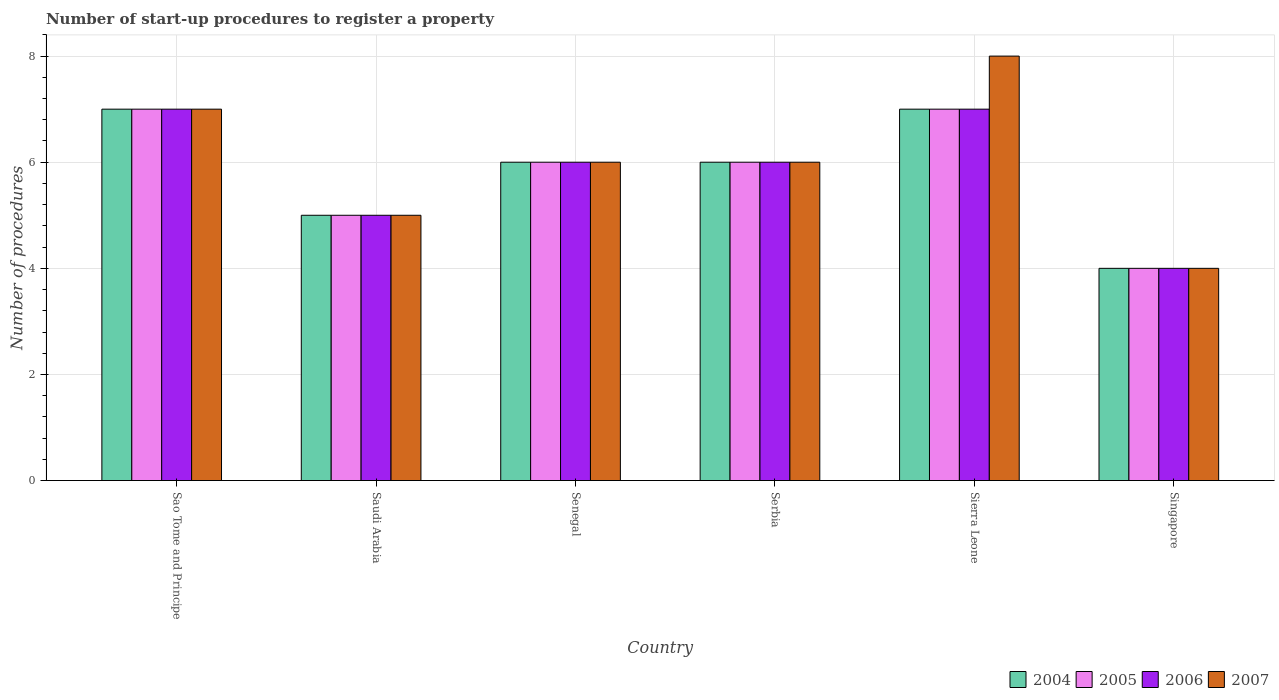
| Country | 2004 | 2005 | 2006 | 2007 |
 | --- | --- | --- | --- | --- |
 | Sao Tome and Principe | 7 | 7 | 7 | 7 |
 | Saudi Arabia | 5 | 5 | 5 | 5 |
 | Senegal | 6 | 6 | 6 | 6 |
 | Serbia | 6 | 6 | 6 | 6 |
 | Sierra Leone | 7 | 7 | 7 | 8 |
 | Singapore | 4 | 4 | 4 | 4 |